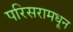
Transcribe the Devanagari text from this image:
परिसरामधून